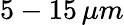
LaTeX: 5-15\, \mu m